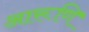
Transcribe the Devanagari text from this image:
आरूणि